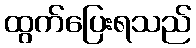
ထွက်ပြေးရသည်